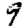
Digit: 9